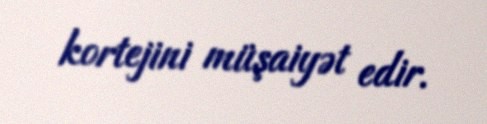
kortejini müşaiyət edir.